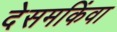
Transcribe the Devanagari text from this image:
देसमकिंवा